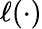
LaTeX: \ell(\cdot)